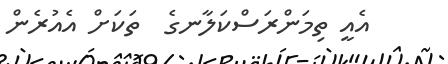
އެއީ ތިމަންރަސްކަލާނގެ  ތަކަށް އެއުރެން